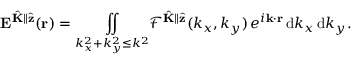
\mathbf { E } ^ { \hat { \mathbf { K } } \parallel \hat { \mathbf { z } } } ( \mathbf { r } ) = \underset { k _ { x } ^ { 2 } + k _ { y } ^ { 2 } \leq k ^ { 2 } } { \iint } \mathcal { F } ^ { \hat { \mathbf { K } } \parallel \hat { \mathbf { z } } } ( k _ { x } , k _ { y } ) \, e ^ { i \mathbf { k } \cdot \mathbf { r } } \, \mathrm { d } k _ { x } \, \mathrm { d } k _ { y } .